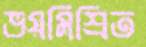
ভয়মিশ্রিত